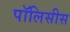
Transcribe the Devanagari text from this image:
पॉलिसीस